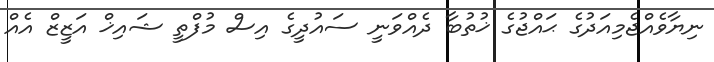
ނިޔާވެއްޖެމިއަދުގެ ޙައްޖުގެ ޚުތުބާ ދެއްވަނީ ސައުދީގެ އިސް މުފްތީ ޝައިޚް އަޒީޒް އެއް